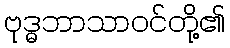
ဗုဒ္ဓဘာသာဝင်တို့၏